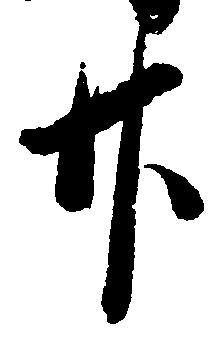
廿